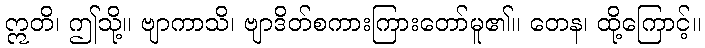
ဣတိ၊ ဤသို့။ ဗျာကာသိ၊ ဗျာဒိတ်စကားကြားတော်မူ၏။ တေန၊ ထို့ကြောင့်။